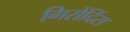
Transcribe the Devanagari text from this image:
गिरोंदिंस